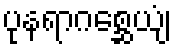
ပုနရာဂစ္ဆေယျံ